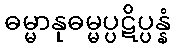
ဓမ္မာနုဓမ္မပ္ပဋိပ္ပန္နံ